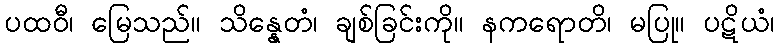
ပထဝီ၊ မြေသည်။ သိန္နေတံ၊ ချစ်ခြင်းကို။ နကရောတိ၊ မပြု။ ပဋိယံ၊